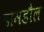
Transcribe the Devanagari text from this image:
डामडौल